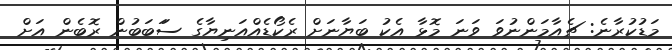
މަޑުކުރާނެ: ޗެއާމަންނުވަ ވަނަ މޮޅާ އެކު ބަޔާނަށް ރެކޯޑެއްއަނިޔާގެ ސަަބަބުން ރޮބެން އަށް